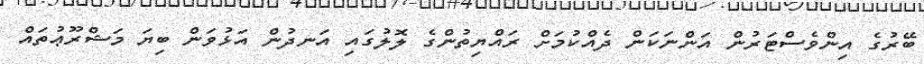
ބޭރުގެ އިންވެސްޓަރުން އަންނަކަން ދެއްކުމަށް ރައްޔިތުންގެ ލޮލުގައި އަނދުން އަޅުވަން ބިޔަ މަޝްރޫޢުތައް